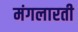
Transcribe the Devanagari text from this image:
मंगलारती